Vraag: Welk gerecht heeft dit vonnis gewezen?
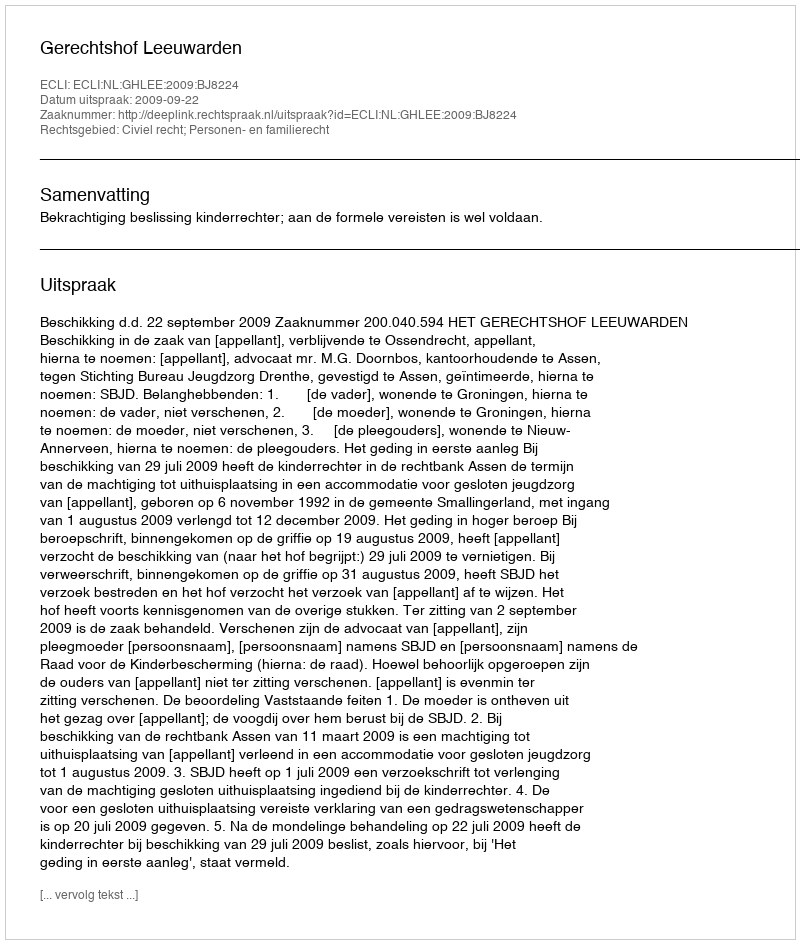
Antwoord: Gerechtshof Leeuwarden